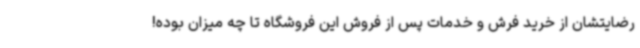
رضایتشان از خرید فرش و خدمات پس از فروش این فروشگاه تا چه میزان بوده!